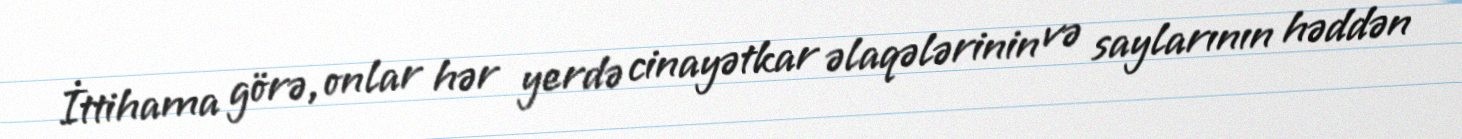
İttihama görə, onlar hər yerdə cinayətkar əlaqələrinin və saylarının həddən